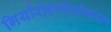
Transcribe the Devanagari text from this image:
गिर्यारोहणप्रेमीकरता